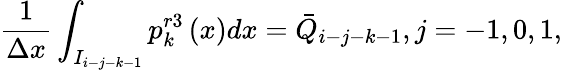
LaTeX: \frac{1}{\Delta x}\int_{{{I}_{i-j-k-1}}}{p_{k}^{r3}\left(x\right)dx}={{\bar{Q}}_{i-j-k-1}},j=-1,0,1,